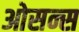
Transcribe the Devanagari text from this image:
ओसन्स